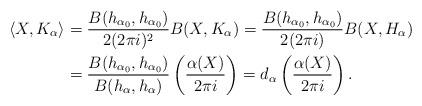
LaTeX: \begin{align*}\left<X,K_{\alpha}\right>&=\frac{B(h_{\alpha_{0}},h_{\alpha_{0}})}{2(2\pi i)^{2}}B(X,K_{\alpha})=\frac{B(h_{\alpha_{0}},h_{\alpha_{0}})}{2(2\pi i)}B(X,H_{\alpha})\\&=\frac{B(h_{\alpha_{0}},h_{\alpha_{0}})}{B(h_{\alpha},h_{\alpha})}\left(\frac{{\alpha}(X)}{2\pi i}\right)=d_{\alpha}\left(\frac{\alpha(X)}{2\pi i}\right).\end{align*}